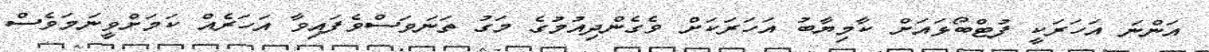
އަންނަ އަހަރަކީ ފުޓްބޯޅައަށް ކާމިޔާބު އަހަރަކަށް ވެގެންދިއުމުގެ މަގު ތަނަވަސްވެފައިވާ އަހަރެއް ކަމަށްވީނަމަވެސް